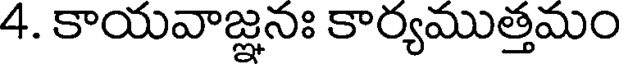
4. కాయవాజ్ఞనః కార్యముత్తమం